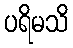
ပရိမသိ